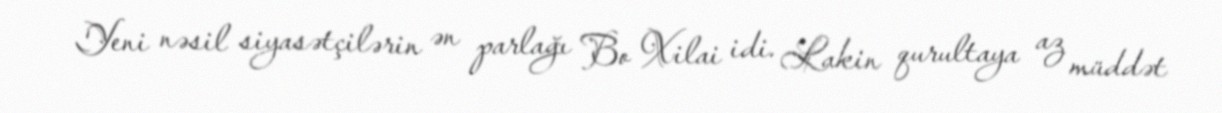
Yeni nəsil siyasətçilərin ən parlağı Bo Xilai idi. Lakin qurultaya az müddət